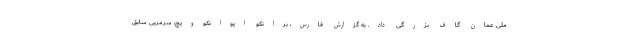
ملی عمان گاف بزرگی داد. به گزارش فارس، برانکو ایوانکوویچ، سرمربی سابق